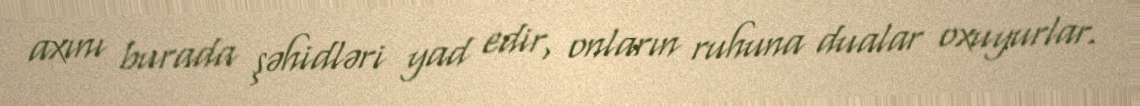
axını burada şəhidləri yad edir, onların ruhuna dualar oxuyurlar.